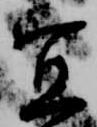
宜